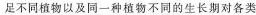
足不同植物以及同一种植物不同的生长期对各类